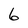
Character: 6